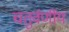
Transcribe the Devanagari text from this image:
चतुर्वर्णीय